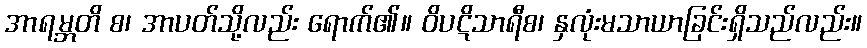
အာရမ္ဘတိ စ၊ အာပတ်သို့လည်း ရောက်၏။ ဝိပဋိသာရီစ၊ နှလုံးမသာယာခြင်းရှိသည်လည်း။